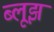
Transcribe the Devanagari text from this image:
ब्लूझ